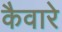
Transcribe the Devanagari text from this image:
कैवारे